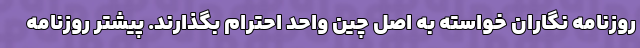
روزنامه نگاران خواسته به اصل چین واحد احترام بگذارند. پیشتر روزنامه